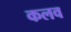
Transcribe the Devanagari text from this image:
कलव